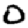
Digit: 0